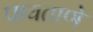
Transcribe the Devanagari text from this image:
पायताणे